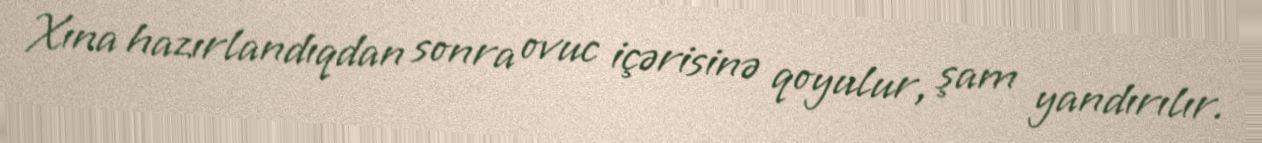
Xına hazırlandıqdan sonra ovuc içərisinə qoyulur, şam yandırılır.